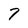
Character: 7